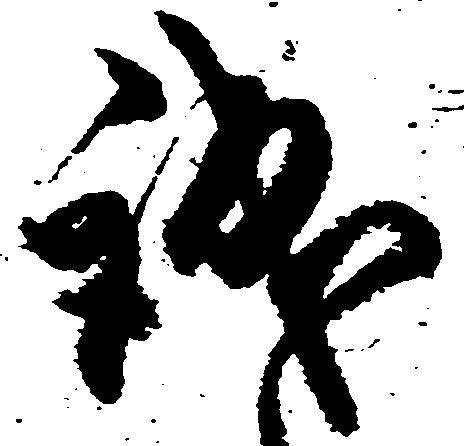
誠